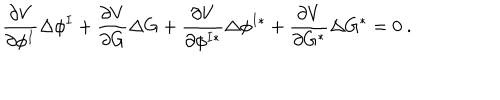
{ \frac { \partial V } { \partial \phi ^ { I } } } \Delta \phi ^ { I } + { \frac { \partial V } { \partial G } } \Delta G + { \frac { \partial V } { \partial \phi ^ { I * } } } \Delta \phi ^ { I * } + { \frac { \partial V } { \partial G ^ { * } } } \Delta G ^ { * } = 0 \ .